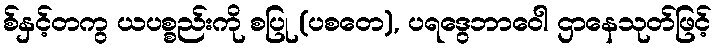
စ်နှင့်တကွ ယပစ္စည်းကို စပြု (ပစတေ), ပရဒွေဘာဝေါ ဌာနေသုတ်ဖြင့်